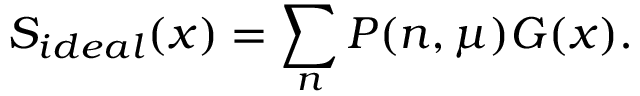
S _ { i d e a l } ( x ) = \sum _ { n } P ( n , \mu ) G ( x ) .